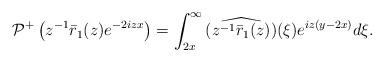
LaTeX: \begin{align*}\begin{aligned}\mathcal{P}^{+}\left(z^{-1}\bar{r}_1(z) e^{-2 i z x}\right)&=\int_{2x}^{\infty}\widehat{ (z^{-1}\bar{r}_1(z))}(\xi) e^{iz(y-2x) } d\xi.\end{aligned}\end{align*}